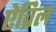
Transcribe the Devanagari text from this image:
ऐव्रिल